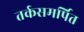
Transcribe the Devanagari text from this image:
तर्कसमर्पित